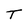
Character: T